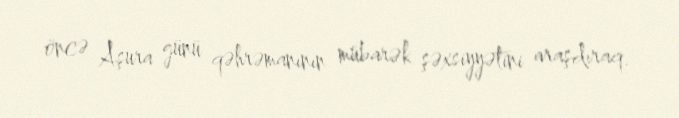
öncə Aşura günü qəhrəmanının mübarək şəxsiyyətini araşdıraq.